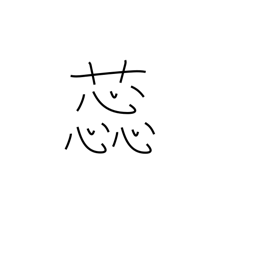
Meaning: stamen